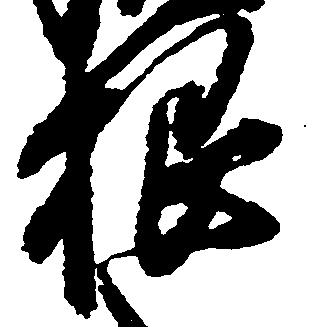
根